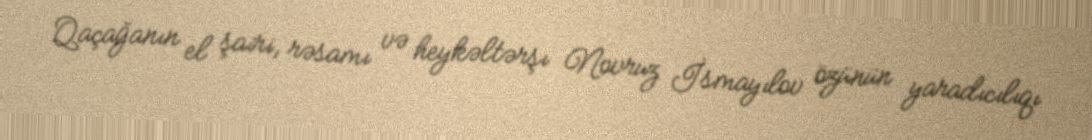
Qaçağanın el şairi, rəsamı və heykəltərşı Novruz İsmayılov özünün yaradıcılıqı